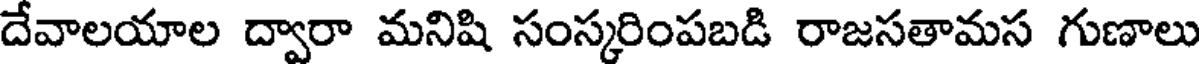
దేవాలయాల ద్వారా మనిషి సంస్కరింపబడి రాజసతామస గుణాలు